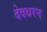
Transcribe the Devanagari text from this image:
देवधरन